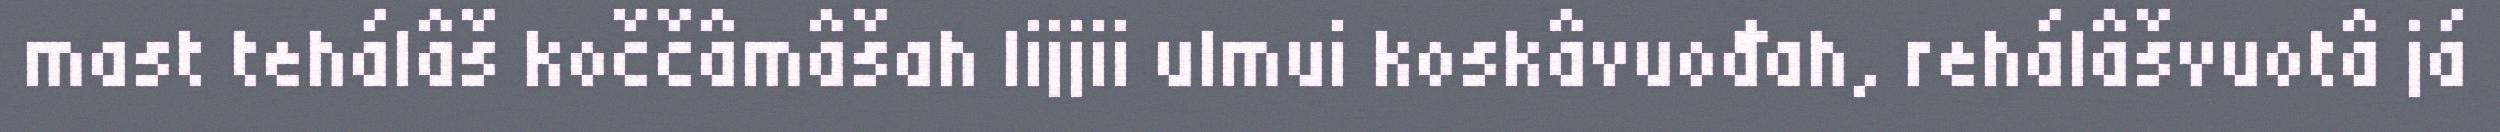
mast tehálâš koččâmâšah lijjii ulmui koskâvuođah, rehálâšvuotâ já